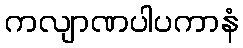
ကလျာဏပါပကာနံ